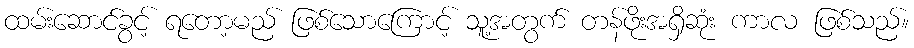
ထမ်းဆောင်ခွင့် ရတော့မည် ဖြစ်သောကြောင့် သူ့အတွက် တန်ဖိုးအရှိဆုံး ကာလ ဖြစ်သည်။